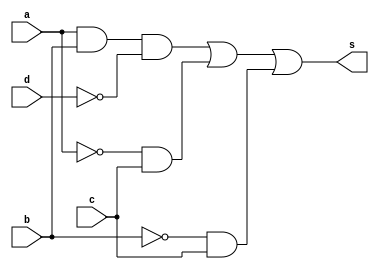
// ---------------------
// AC1 - 29/09/2010
//	Guia 08 - v 0.1
//
// Nome: Gustavo Guimares
// ---------------------

// ---------------------
// -- Exercicio 1
// ---------------------
module e1(s, a, b, c, d); 

	output s; 
	input  a,b,c,d; 
	wire aux1, aux2, aux3; 
	
	and AND1( aux1,  a, b, ~d );
	and AND2( aux2, ~a, c );
	and AND3( aux3, ~b, c ); 
	or  OR1 ( s, aux1, aux2, aux3); 
	
endmodule 

// ---------------------
// -- Exercicio 2
// ---------------------
module e2(s, a, b, c, d);

	output s;
	input  a,b,c,d;
   wire aux1, aux2, aux3, aux4, aux5;
	
	and AND1( aux1, ~a, ~b, ~d );
	and AND2( aux2, ~a, ~c, ~d ); 
	and AND3( aux3,  a, ~b, ~c ); 
	and AND4( aux4,  a, ~b,  d ); 
	and AND5( aux5,  a, ~c,  d ); 
	or  OR1 ( s, aux1, aux2, aux3, aux4, aux5 );
	
endmodule 

//-----------------------
//-- Circuito 03
//-----------------------
module e3 (s3, a, b, c, d, e );
	
	output s3;
	input  a, b, c, d, e;
	
	wire aux1, aux2, aux3, aux4, aux5, aux6;
	
	and AND1 ( aux1, a, b, d, e );
	and AND2 ( aux2, ~a, ~c, ~d );
	and AND3 ( aux3, ~b,  c, ~d );
	and AND4 ( aux4,  b,  c,  d );
	and AND5 ( aux5, ~b, ~d,  e );
	and AND6 ( aux6, c, e );
	or  OR1 	( s3, aux1, aux2, aux3, aux4, aux5, aux6 );
	
endmodule

//------------------------
//-- MODULO TESTE
//------------------------
module teste;

	wire      s1, s2, s3;
	reg       a, b, c, d, e;
	
	e1  E1 ( s1, a, b, c, d );
	e2  E2 ( s2, a, b, c, d );
	e3  E3 ( s3, a, b, c, d, e );
	
	initial begin
		a = 0; b = 0; c = 0; d = 0; e = 0;
	
		$display ("Guia 08 - Gustavo Guimaraes - 405804");
		$display ("\nSimplificacoes\n");
		$display ("a  b  c  d  e  =  S1  S2  S3" );
		$monitor("%b  %b  %b  %b  %b  =  %b   %b   %b",a, b, c, d, e, s1, s2, s3);
	#1 a = 0; b = 0; c = 1; d = 0; e = 1; 
	#1 a = 0; b = 1; c = 0; d = 1; e = 1;
	#1 a = 0; b = 1; c = 1; d = 0; e = 1;
	#1 a = 1; b = 0; c = 0; d = 1; e = 1;
	#1 a = 1; b = 0; c = 1; d = 0; e = 0;
	#1 a = 1; b = 1; c = 0; d = 1; e = 0;
	#1 a = 1; b = 1; c = 1; d = 0; e = 0;
	#1 a = 0; b = 0; c = 0; d = 1; e = 0;
	#1 a = 1; b = 1; c = 1; d = 1; e = 1;
	
	end
endmodule